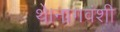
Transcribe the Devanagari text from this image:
थे।नागवंशी